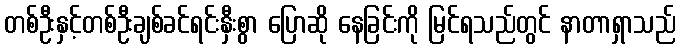
တစ်ဦးနှင့်တစ်ဦးချစ်ခင်ရင်းနှီးစွာ ပြောဆို နေခြင်းကို မြင်ရသည်တွင် နာတာရှာသည်